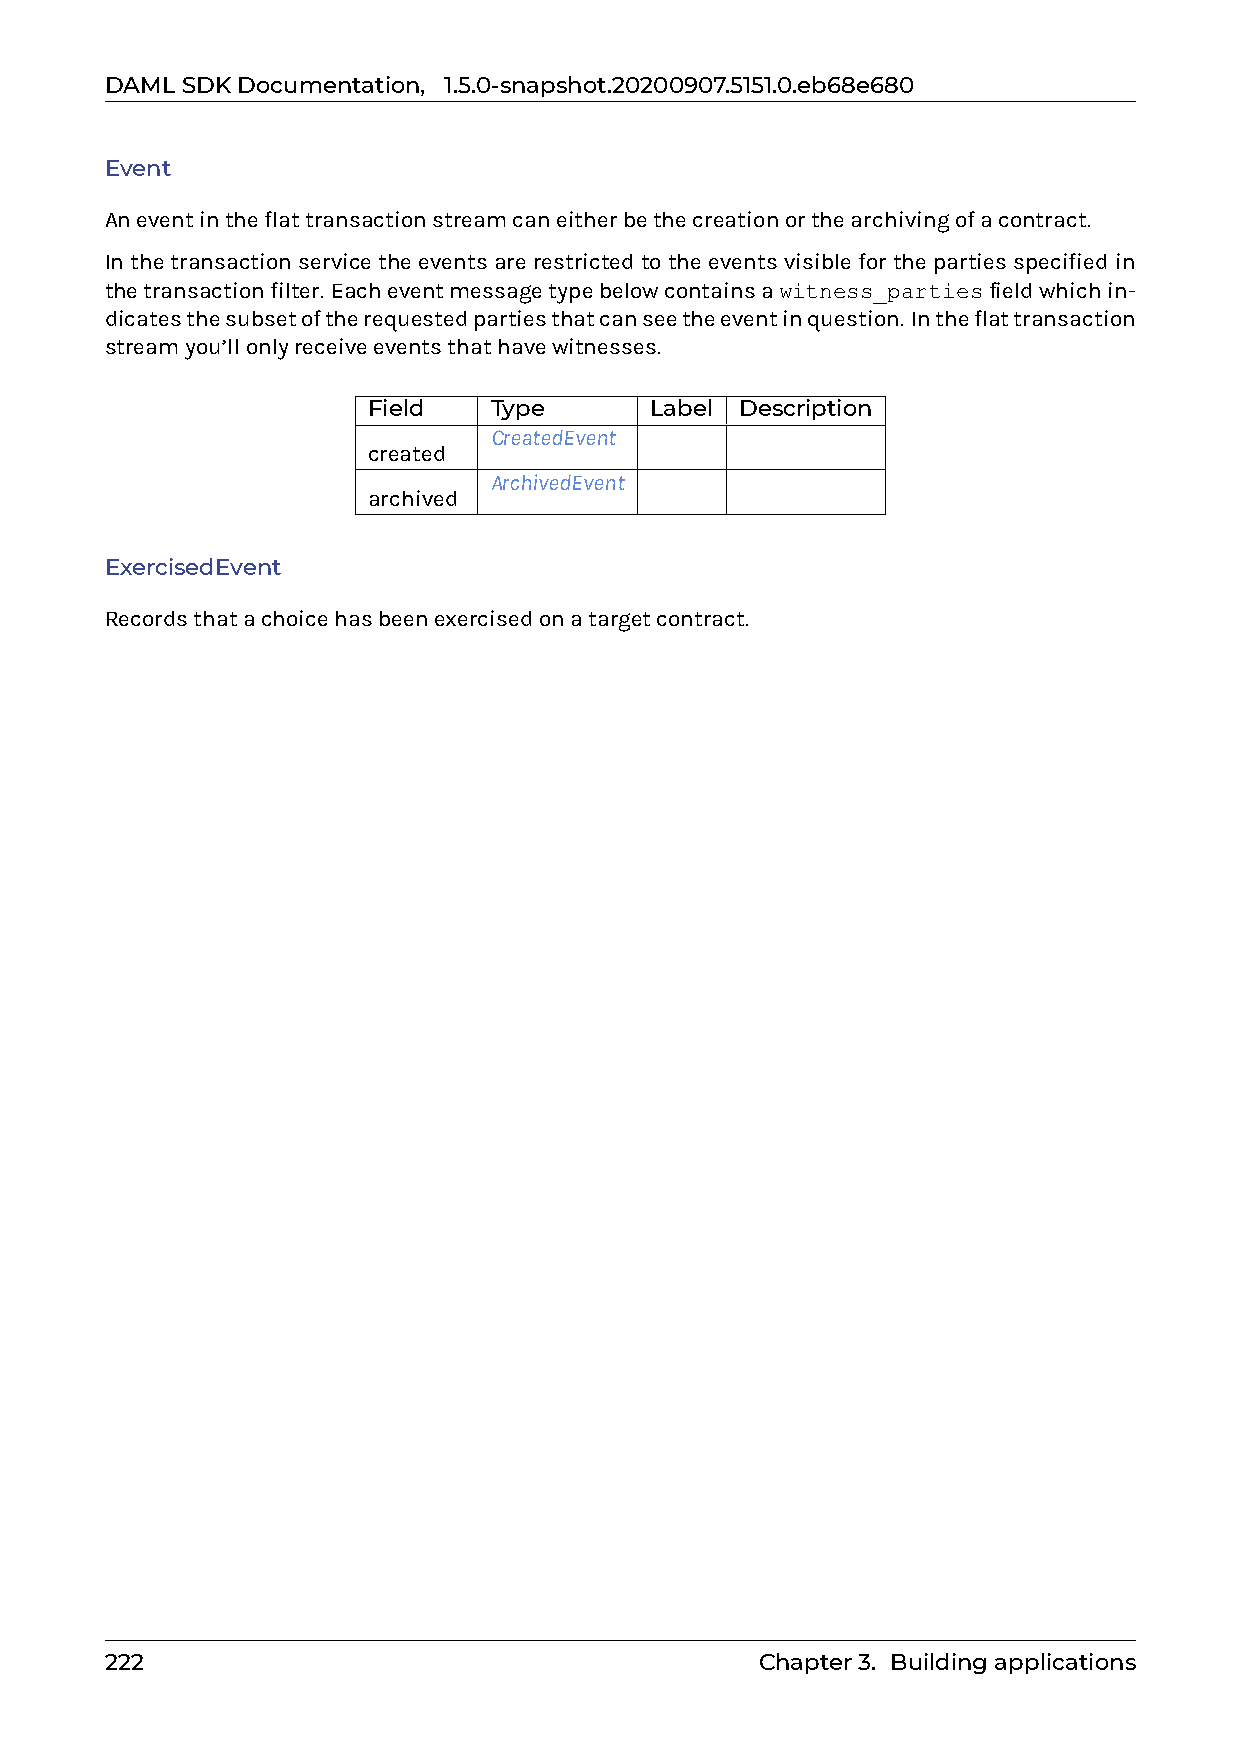
DAMLSDKDocumentation, 1.5.0-snapshot.20200907.5151.0.eb68e680
 Event
 Aneventintheflattransactionstreamcaneitherbethecreationorthearchivingofacontract.
 Inthetransactionservicetheeventsarerestrictedtotheeventsvisibleforthepartiesspecifiedin
 thetransactionfilter. Eacheventmessagetypebelowcontainsawitness_partiesfieldwhichin-
 dicatesthesubsetoftherequestedpartiesthatcanseetheeventinquestion. Intheflattransaction
 streamyou’llonlyreceiveeventsthathavewitnesses.
 Field   Type       Label Description
 CreatedEvent
 created
 ArchivedEvent
 archived
 ExercisedEvent
 Recordsthatachoicehasbeenexercisedonatargetcontract.
 222                                        Chapter3. Buildingapplications